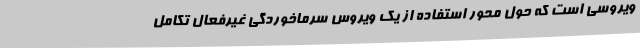
ویروسی است که حول محور استفاده از یک ویروس سرماخوردگی غیرفعال تکامل